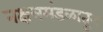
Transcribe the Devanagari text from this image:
नक्षत्रमंडळातून